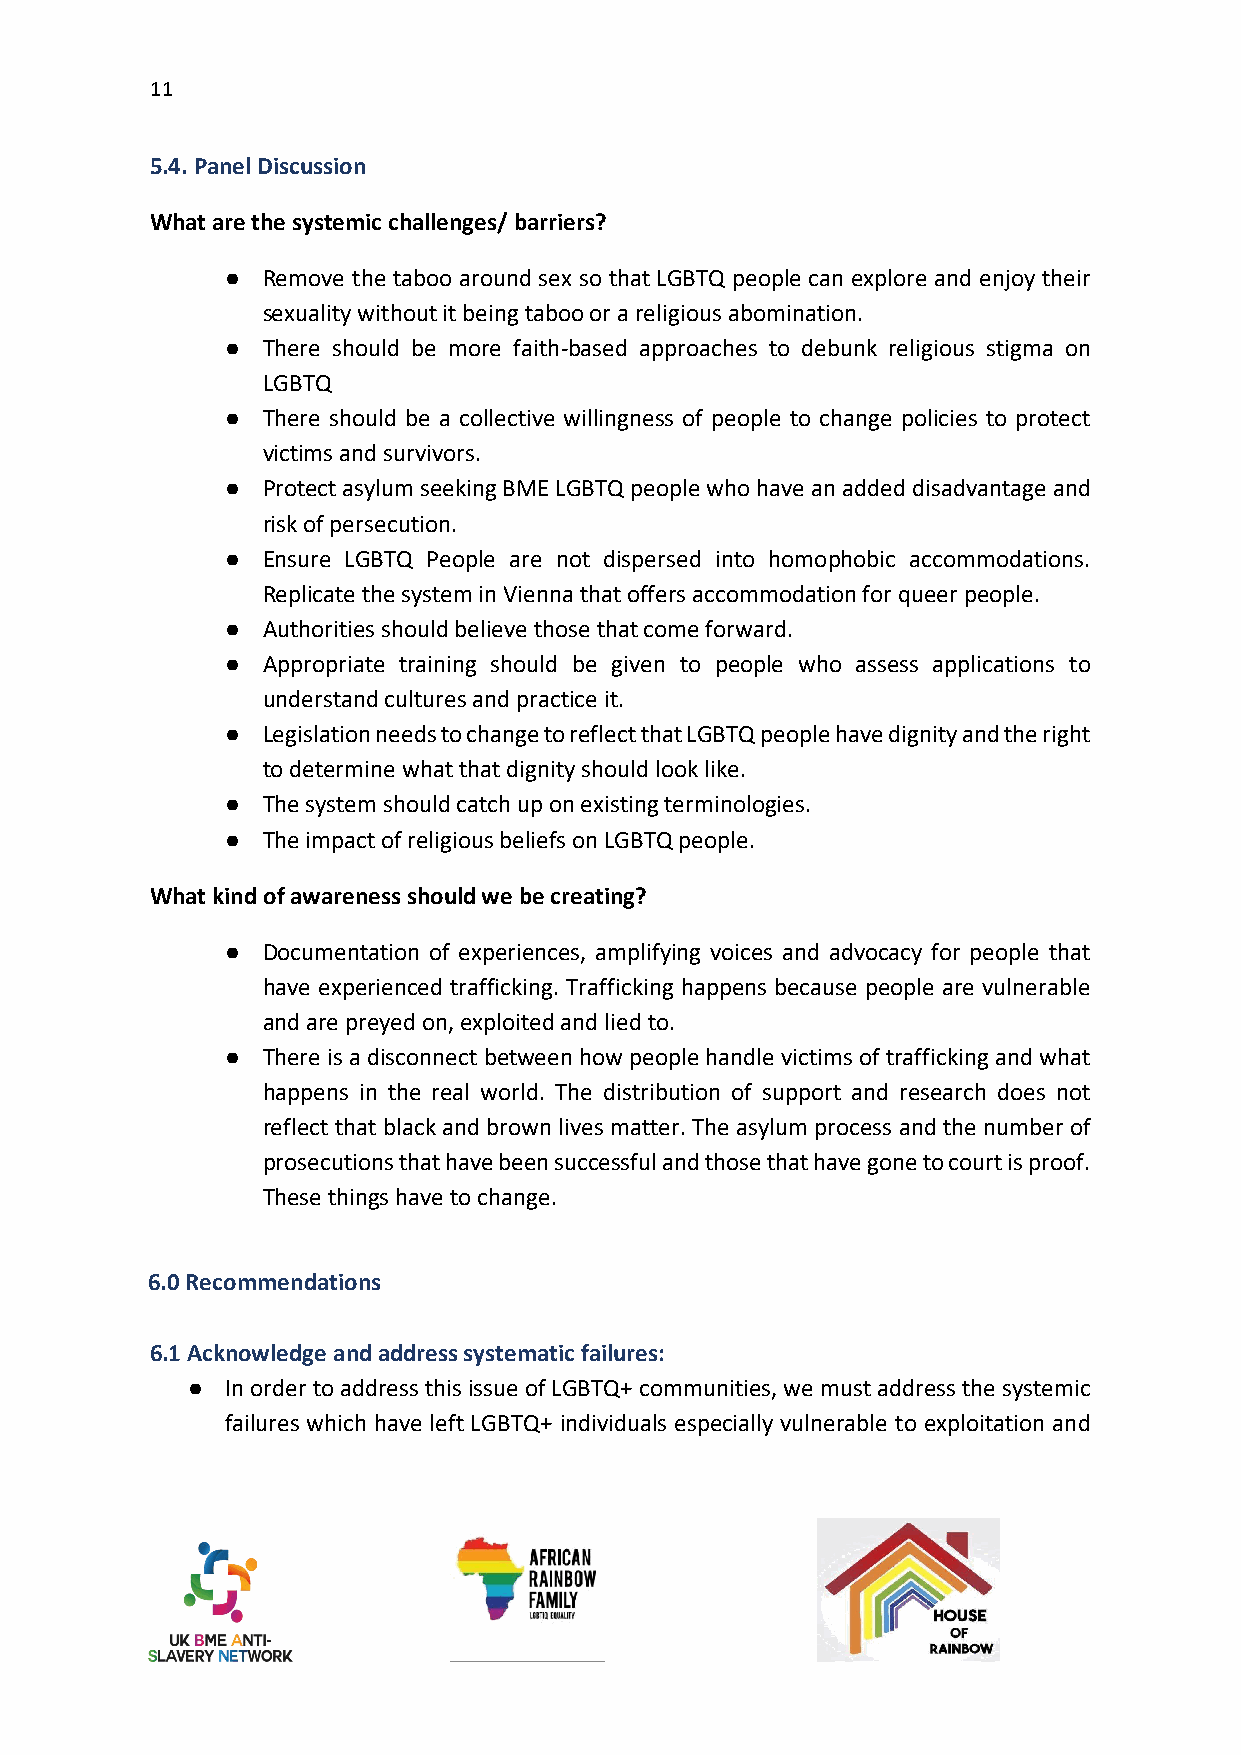
11
 5.4. Panel Discussion
 What are the systemic challenges/ barriers?
 ● Remove the taboo around sex so that LGBTQ people can explore and enjoy their
 sexuality without it being taboo or a religious abomination.
 ● There should be more faith-based approaches to debunk religious stigma on
 LGBTQ
 ● There should be a collective willingness of people to change policies to protect
 victims and survivors.
 ● Protect asylum seeking BME LGBTQ people who have an added disadvantage and
 risk of persecution.
 ● Ensure LGBTQ People are not dispersed into homophobic accommodations.
 Replicate the system in Vienna that offers accommodation for queer people.
 ● Authorities should believe those that come forward.
 ● Appropriate training should be given to people who assess applications to
 understand cultures and practice it.
 ● Legislation needs to change to reflect that LGBTQ people have dignity and the right
 to determine what that dignity should look like.
 ● The system should catch up on existing terminologies.
 ● The impact of religious beliefs on LGBTQ people.
 What kind of awareness should we be creating?
 ● Documentation of experiences, amplifying voices and advocacy for people that
 have experienced trafficking. Trafficking happens because people are vulnerable
 and are preyed on, exploited and lied to.
 ● There is a disconnect between how people handle victims of trafficking and what
 happens in the real world. The distribution of support and research does not
 reflect that black and brown lives matter. The asylum process and the number of
 prosecutions that have been successful and those that have gone to court is proof.
 These things have to change.
 6.0 Recommendations
 6.1 Acknowledge and address systematic failures:
 ●  In order to address this issue of LGBTQ+ communities, we must address the systemic
 failures which have left LGBTQ+ individuals especially vulnerable to exploitation and